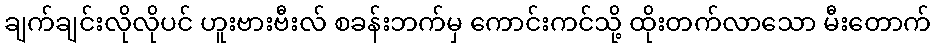
ချက်ချင်းလိုလိုပင် ဟူးဗားဗီးလ် စခန်းဘက်မှ ကောင်းကင်သို့ ထိုးတက်လာသော မီးတောက်